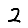
Digit: 2